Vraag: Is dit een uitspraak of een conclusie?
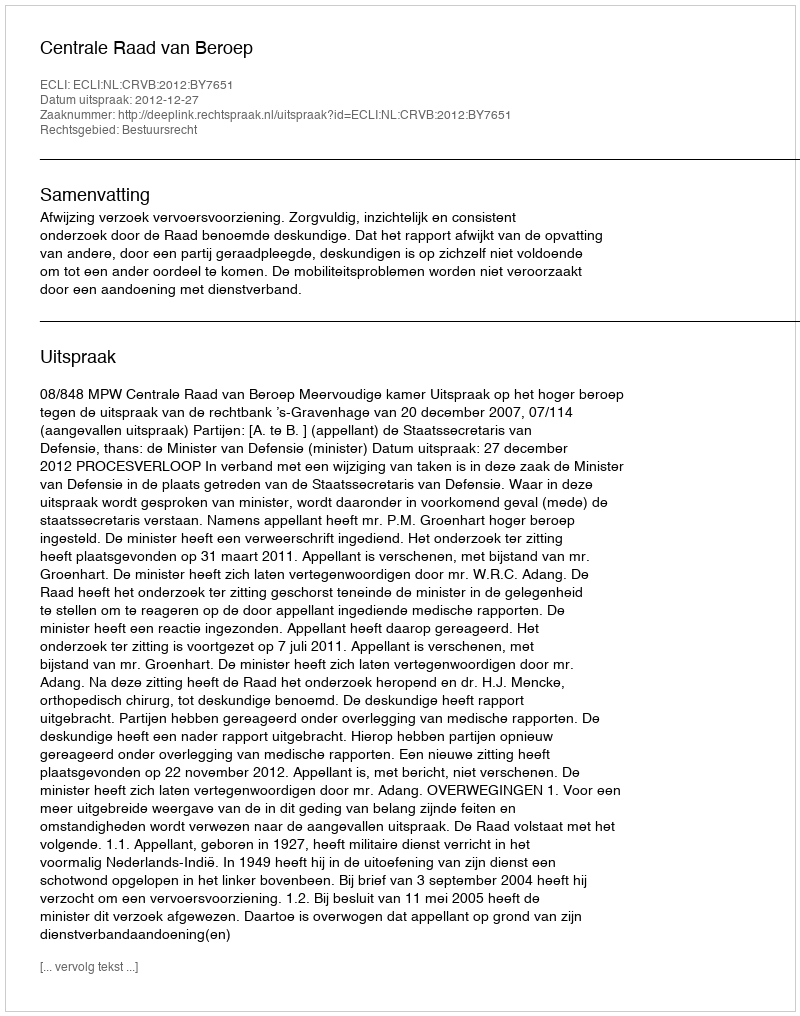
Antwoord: Uitspraak